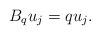
LaTeX: \begin{align*}B_q u_j=q u_j.\end{align*}